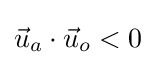
{\vec {u}}_{a}\cdot {\vec {u}}_{o}<0